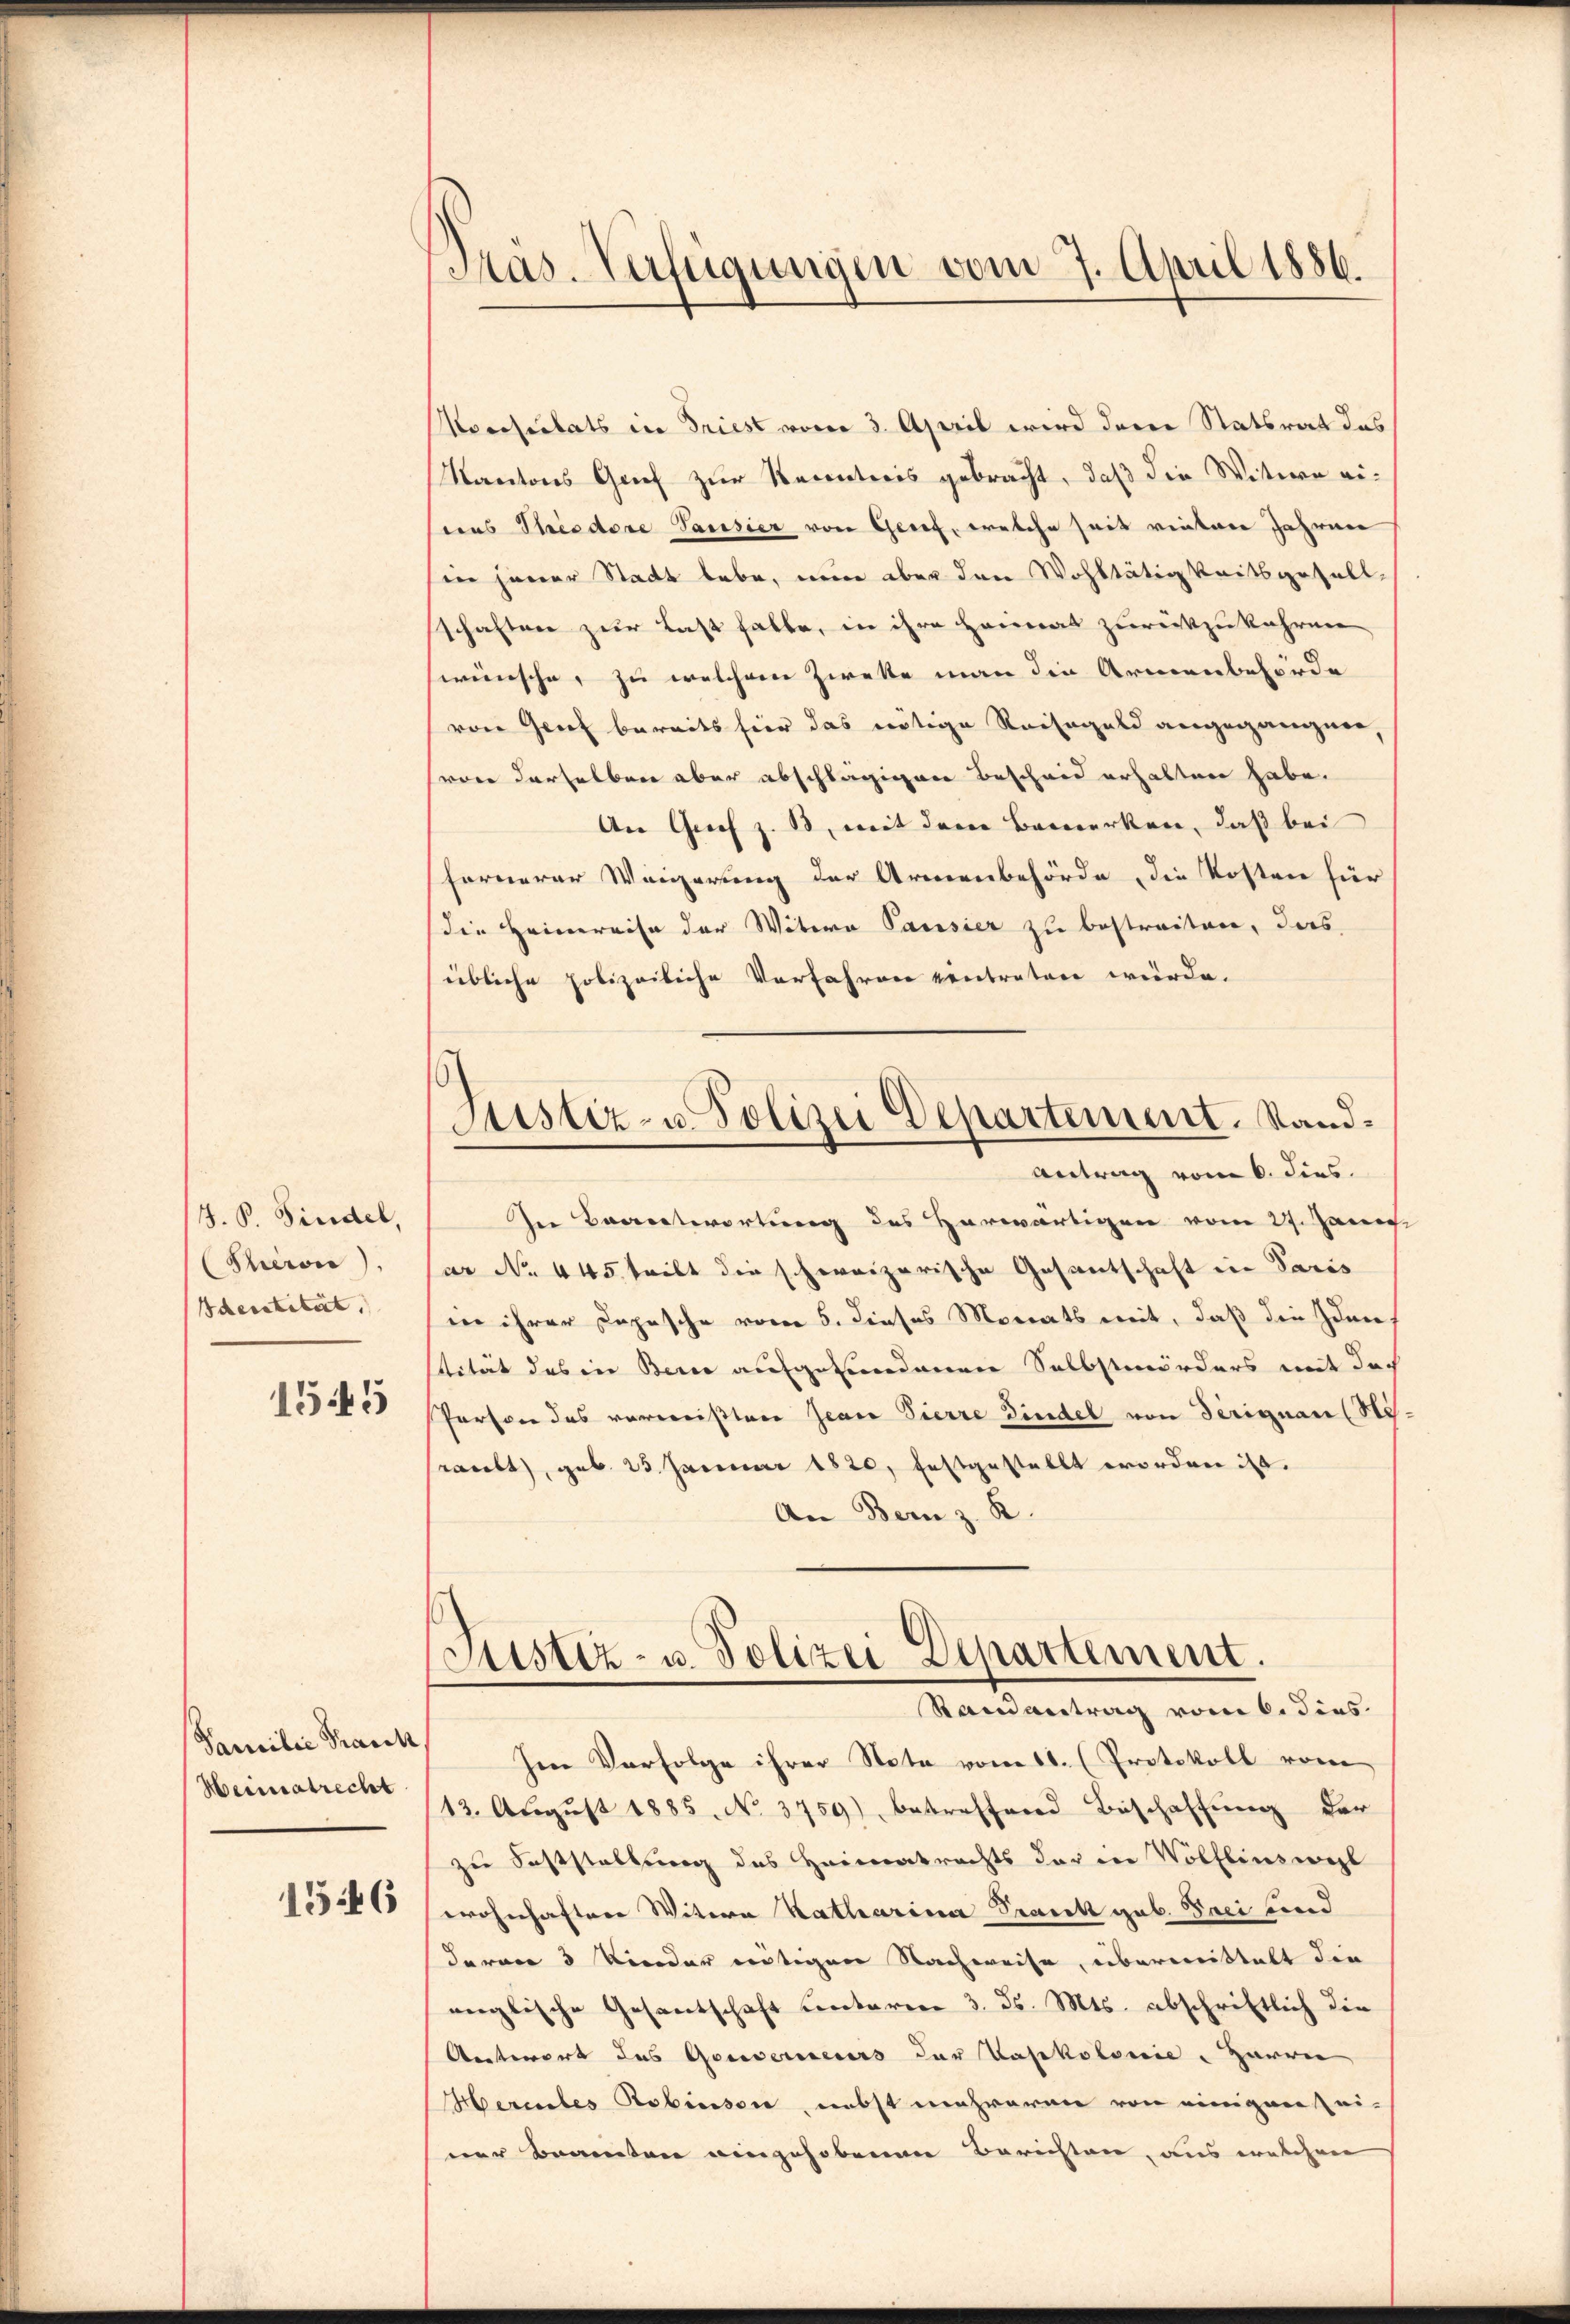
J. P. Findel,
Serie).
Identität.
1545

Familie Frank
Heiratrecht

1546

Pras. Verfügungen vom 7. April 1886.

Justiz- u. Polizei Departement. Sand¬
Antrag vom 6. dies

Averseitets in Friest vom 3. April wird deren Statsrat das
Kantons Grief zur Recentreis gebracht, daß die Wittern eieas Streedore Pausier von Gesef, welche seit vinten Jahren
in jener Stadt lebe, nun aber den Wohltätigkeitsgefall,
schaften zur Last halte, in ihre Heimat zurückzukehren
wünsche, zu welchem Zweke man die Armenbehörde
von Grief bereits hier das nötige Reisegeld angegangnen
von derselben aber abschlägigen Bescheid erhalten habe.
An Grief z. B. mit dem Bemerken, daß bei
fernerer Weigerung der Armenbehörde, die Kosten für
die Heimreise der Witea Parisier zu bestreiten, das
übliche polizeiliche Verfahren vertreten würde.
In Beantwortung des Herwärtigen vom 27. Janu
ar No. 445. teilt die schweizerische Gesantschaft in Paris
in ihrer Dopische vom 5. dieses Monats mit, daß die Iden
stität des in Bern aufgefundenen Selbstmörders mit doch
Person des vermeisten Jean Pierre indel von Teriguan (Ni
raubt, geb. 25. Januar 1820. festgestellt worden ist.
An Bern z. R.
Justiz- u. Polizei Departement.
Randantrag vom 6. dies
Im Verfolge ihrer Note vom 11. (Protokoll vom
13. August 1885. No. 3759), betreffend Beschaffung der
zu Feststellung des Heimatrechts der in Wölflins wohl
wohnhaftere Witern Katharina Trank geb. Peci und
daran 3 Kinder entigen Nachweise, übermittelt die
englische Gesantschaft unteren 3. ds. Mts. abschriftlich die
Antwort des Gouverneurs der Vasekolonie Harren
Herentes Robinsen, nebst mehreren von einigen Zei-
ner Beamten eingehobenen Berichten, aus welchen